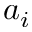
a _ { i }